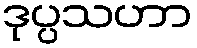
ဒုပ္ပသဟာ